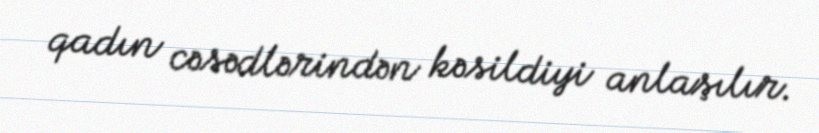
qadın cəsədlərindən kəsildiyi anlaşılır.